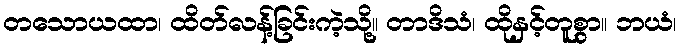
တသောယထာ၊ ထိတ်လန့်ခြင်းကဲ့သို့။ တာဒိသံ၊ ထိုနှင့်တူစွာ။ ဘယံ၊